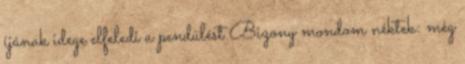
íjának idege elfeledi a pendülést Bizony mondom néktek: még